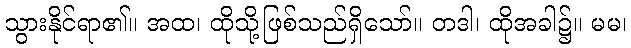
သွားနိုင်ရာ၏။ အထ၊ ထိုသို့ဖြစ်သည်ရှိသော်။ တဒါ၊ ထိုအခါ၌။ မမ၊